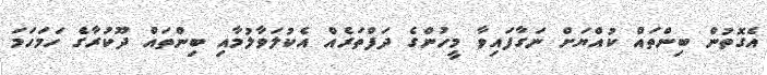
އެގޮތުން ބިންތައް ކުއްޔަށް ނަގާފައިވާ މީހުންގެ ދަފްތަރެއް އެކުލަވާލުމާއި ބިންތައް ދޫކުރާގެ ހަމަހަމަ